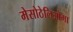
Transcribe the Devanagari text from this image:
मेसोठेलिओमा